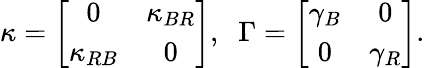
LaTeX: \kappa=\left[\begin{array}{cc}{0}&{\kappa_{BR}}\\ {\kappa_{RB}}&{0}\end{array}\right],\; \; \Gamma=\left[\begin{array}{cc}{\gamma_{B}}&{0}\\ {0}&{\gamma_{R}}\end{array}\right].